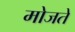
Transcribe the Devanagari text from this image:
मोजते